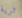
ثرية